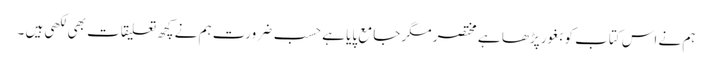
ہم نے اس کتاب کو بغور پڑھا ہے مختصر مگر جامع پایا ہے حسب ضرورت ہم نے کچھ تعلیقات بھی لکھی ہیں ۔